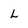
Character: L